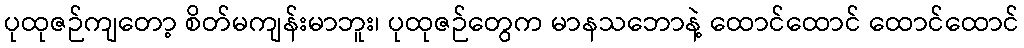
ပုထုဇဉ်ကျတော့ စိတ်မကျန်းမာဘူး၊ ပုထုဇဉ်တွေက မာနသဘောနဲ့ ထောင်ထောင် ထောင်ထောင်